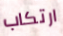
ارتكاب